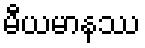
မီယမာနဿ